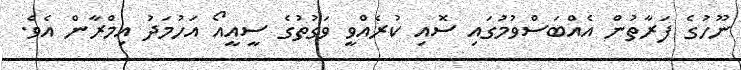
ނޫހުގެ ފަރާތުން އެއްބަސްވުމުގައި ސޮއި ކުރެއްވީ ވަގުތުގެ ސީއީއޯ އަހުމަދު އިމްރާން އެވެ.